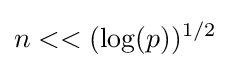
n<<(\log(p))^{1/2}